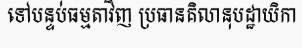
ទៅបន្ទប់ធម្មតាវិញ ប្រធានគិលានុបដ្ឋាយិកា